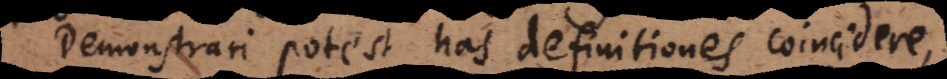
Demonstrari potest has definitiones coincidere,